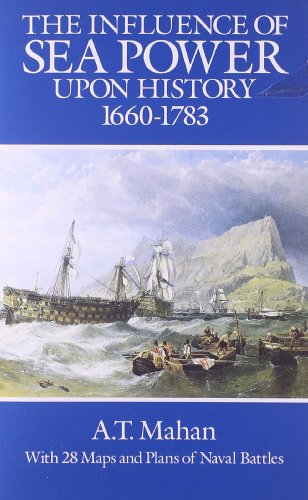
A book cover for The Influence of Sea Power Upon History, 1660-1783 (Dover Military History, Weapons, Armor); A. T. Mahan; History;